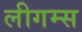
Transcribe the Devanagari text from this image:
लीगम्स